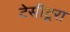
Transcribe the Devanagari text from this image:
टेसीटूरा